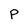
Character: P